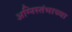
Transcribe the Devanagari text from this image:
अग्निस्तंभाच्या